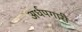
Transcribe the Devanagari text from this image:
अर्धपगारी